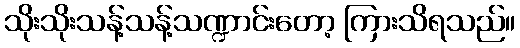
သိုးသိုးသန့်သန့်သဏ္ဍာင်းတော့ ကြားသိရသည်။